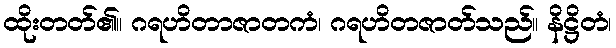
ထိုးတတ်၏။ ဂရဟိတာဇာတကံ၊ ဂရဟိတဇာတ်သည်။ နိဋ္ဌိတံ၊